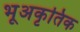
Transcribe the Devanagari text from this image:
भूअकृतिक